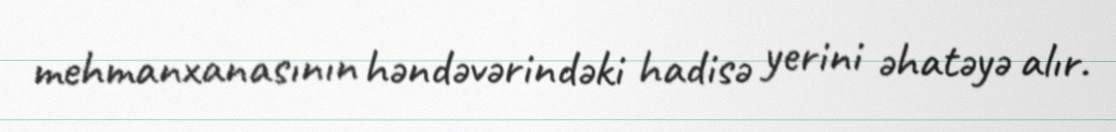
mehmanxanasının həndəvərindəki hadisə yerini əhatəyə alır.